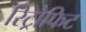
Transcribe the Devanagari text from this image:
रिट्रोफिट